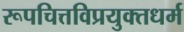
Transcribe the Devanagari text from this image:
रूपचित्तविप्रयुक्तधर्म